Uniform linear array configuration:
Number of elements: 8
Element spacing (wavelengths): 0.25
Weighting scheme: blackman
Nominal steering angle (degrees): -30
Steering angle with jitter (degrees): -31.634
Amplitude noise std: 0.05
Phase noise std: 0.05

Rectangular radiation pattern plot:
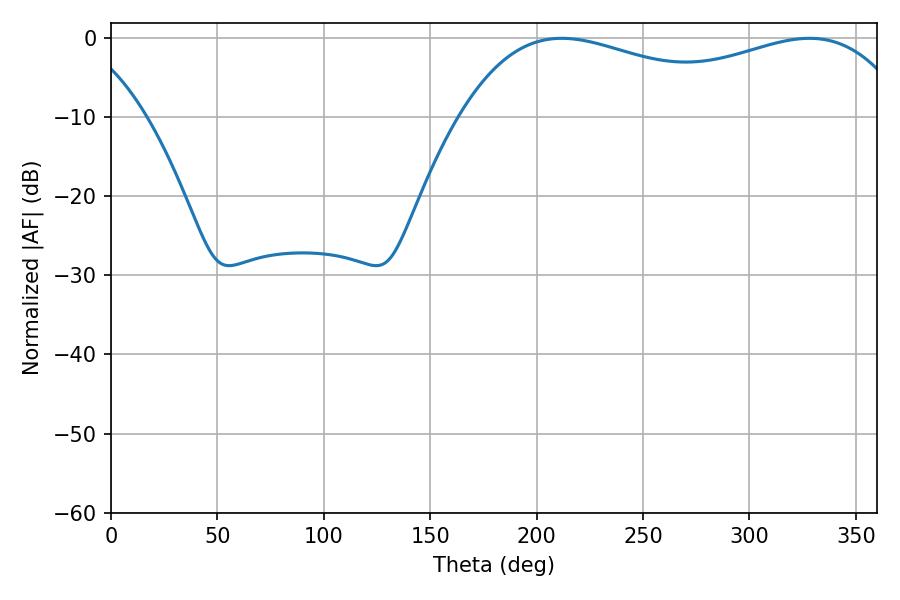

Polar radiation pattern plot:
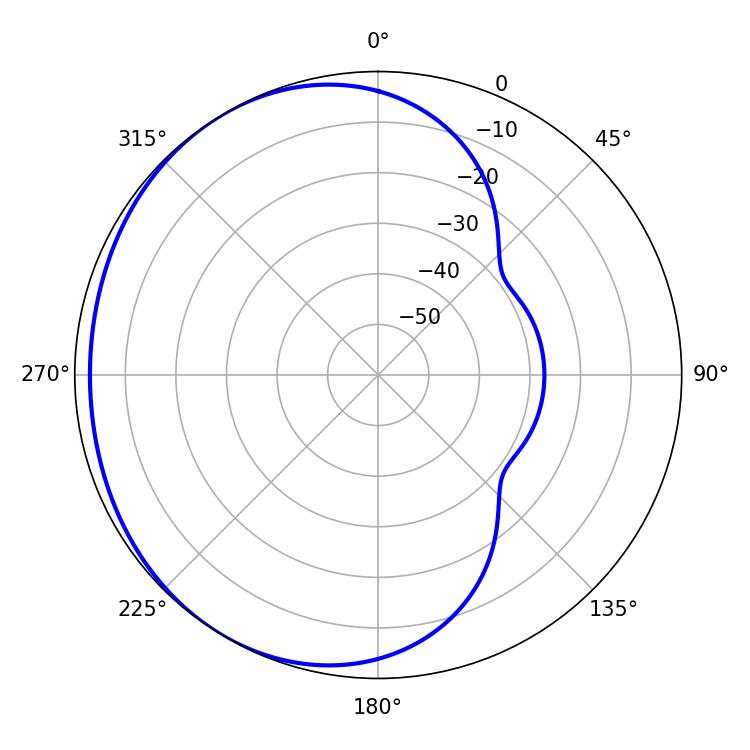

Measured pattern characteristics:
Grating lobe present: FALSE
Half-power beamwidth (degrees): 172.8
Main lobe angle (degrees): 211.86